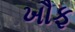
ખૌફ